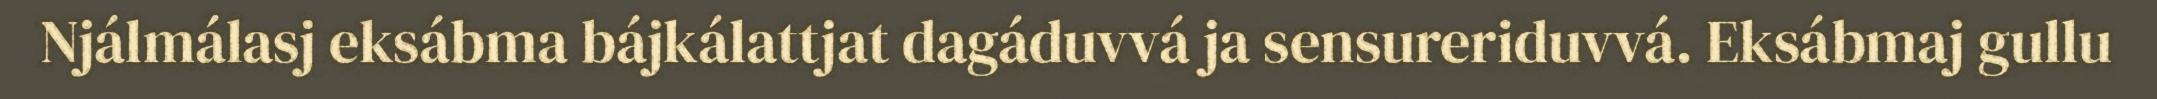
Njálmálasj eksábma bájkálattjat dagáduvvá ja sensureriduvvá. Eksábmaj gullu